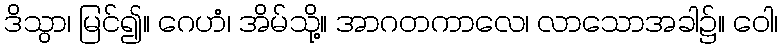
ဒိသွာ၊ မြင်၍။ ဂေဟံ၊ အိမ်သို့။ အာဂတကာလေ၊ လာသောအခါ၌။ ဝေါ၊